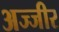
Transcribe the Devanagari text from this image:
अज्जीर